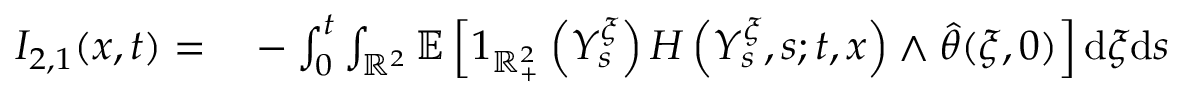
\begin{array} { r l } { I _ { 2 , 1 } ( x , t ) = } & { { } - \int _ { 0 } ^ { t } \int _ { \mathbb { R } ^ { 2 } } \mathbb { E } \left[ 1 _ { \mathbb { R } _ { + } ^ { 2 } } \left( Y _ { s } ^ { \xi } \right) H \left( Y _ { s } ^ { \xi } , s ; t , x \right) \wedge \hat { \theta } ( \xi , 0 ) \right] \mathrm { d } \xi \mathrm { d } s } \end{array}